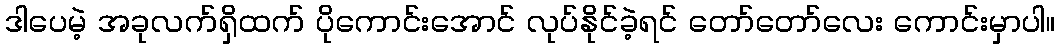
ဒါပေမဲ့ အခုလက်ရှိထက် ပိုကောင်းအောင် လုပ်နိုင်ခဲ့ရင် တော်တော်လေး ကောင်းမှာပါ။